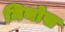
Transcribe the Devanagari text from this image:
मिथोस